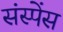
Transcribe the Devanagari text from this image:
संस्पेंस